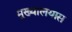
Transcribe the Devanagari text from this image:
मुख्यालयास